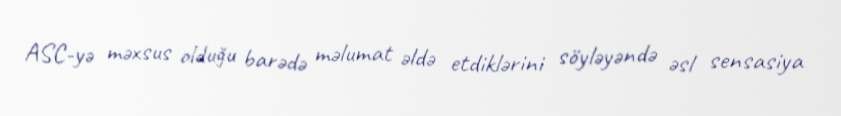
ASC-yə məxsus olduğu barədə məlumat əldə etdiklərini söyləyəndə əsl sensasiya